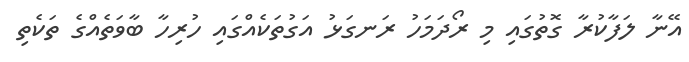
އޭނާ ލަފާކުރާ ގޮތުގައި މި ރޯދަމަހު ރަނގަޅު އަގުތަކެއްގައި ހުރިހާ ބާވަތެއްގެ ތަކެތި